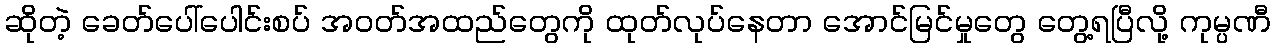
ဆိုတဲ့ ခေတ်ပေါ်ပေါင်းစပ် အဝတ်အထည်တွေကို ထုတ်လုပ်နေတာ အောင်မြင်မှုတွေ တွေ့ရပြီလို့ ကုမ္ပဏီ